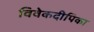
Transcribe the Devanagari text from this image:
विवेकदीपिका